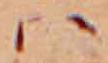
ハ